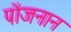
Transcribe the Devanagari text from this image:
पोंजनान